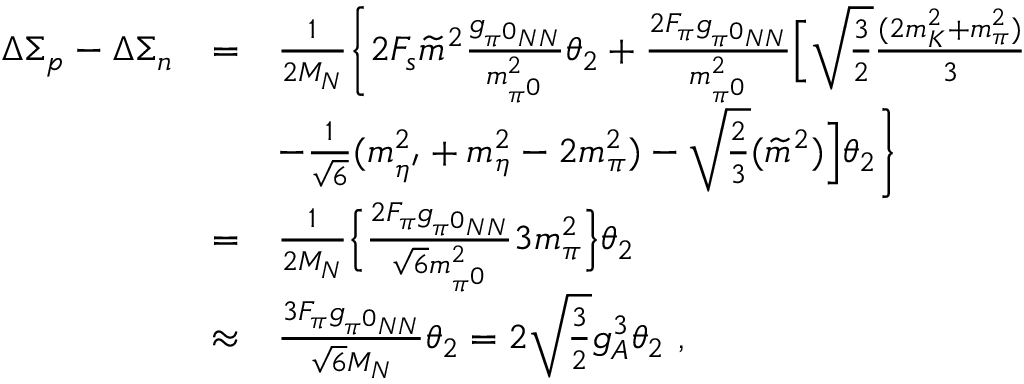
\begin{array} { r c l } { { \Delta \Sigma _ { p } - \Delta \Sigma _ { n } } } & { { = } } & { { \frac { 1 } { 2 M _ { N } } \Bigg \{ 2 F _ { s } \widetilde m ^ { 2 } \frac { g _ { \pi ^ { 0 } N N } } { m _ { \pi ^ { 0 } } ^ { 2 } } \theta _ { 2 } + \frac { 2 F _ { \pi } g _ { \pi ^ { 0 } N N } } { m _ { \pi ^ { 0 } } ^ { 2 } } \Big [ \sqrt \frac { 3 } { 2 } \frac { ( 2 m _ { K } ^ { 2 } + m _ { \pi } ^ { 2 } ) } { 3 } } } \\ { { } } & { { } } & { { - \frac { 1 } { \sqrt 6 } ( m _ { \eta ^ { \prime } } ^ { 2 } + m _ { \eta } ^ { 2 } - 2 m _ { \pi } ^ { 2 } ) - \sqrt \frac { 2 } { 3 } ( \widetilde m ^ { 2 } ) \Big ] \theta _ { 2 } \Bigg \} } } \\ { { } } & { { = } } & { { \frac { 1 } { 2 M _ { N } } \Big \{ \frac { 2 F _ { \pi } g _ { \pi ^ { 0 } N N } } { { \sqrt 6 } m _ { \pi ^ { 0 } } ^ { 2 } } 3 m _ { \pi } ^ { 2 } \Big \} \theta _ { 2 } } } \\ { { } } & { { \approx } } & { { { \frac { 3 F _ { \pi } g _ { \pi ^ { 0 } N N } } { { \sqrt 6 } M _ { N } } } \theta _ { 2 } = 2 \sqrt \frac { 3 } { 2 } g _ { A } ^ { 3 } \theta _ { 2 } ~ , } } \end{array}